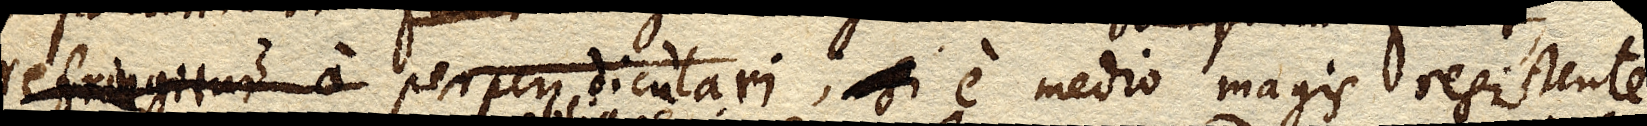
refringitur a perpendiculari, si e medio magis resistente